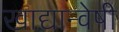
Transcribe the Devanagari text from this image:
खाद्यान्वेषी